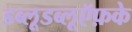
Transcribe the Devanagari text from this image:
डब्लूडब्लूऍफ़के